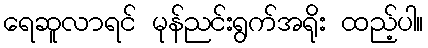
ရေဆူလာရင် မုန်ညင်းရွက်အရိုး ထည့်ပါ။